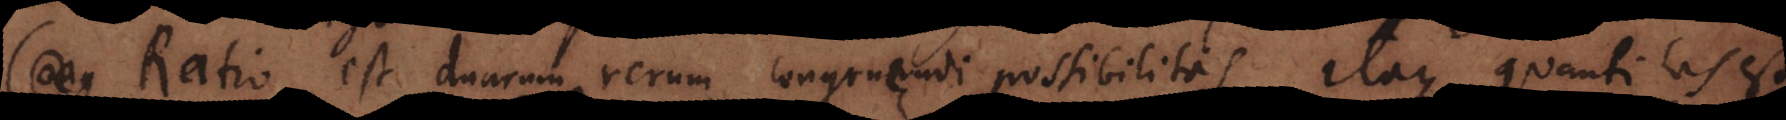
Cong Ratio est duarum rerum congruendi possibilitas itaque quantitas est